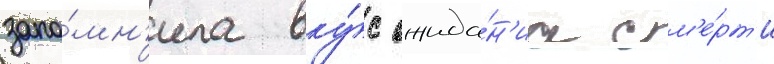
запо́мн'ила вку́с ожида́н'иа см'е́рт'и